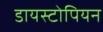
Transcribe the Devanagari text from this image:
डायस्टोपियन